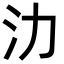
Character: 氻